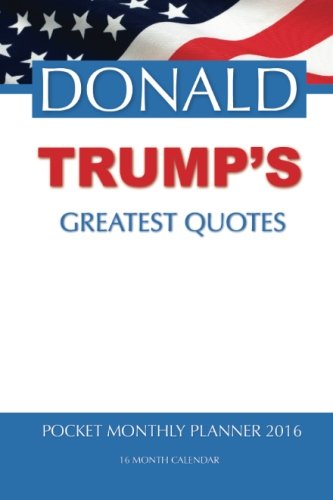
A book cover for DONALD TRUMP'S GREATEST QUOTES Pocket Monthly Planner 2016: 16 Month Calendar; Jack Smith; Calendars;